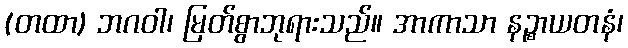
(တထာ) ဘဂဝါ၊ မြတ်စွာဘုရားသည်။ အာကာသာ နဉ္စာယတနံ၊